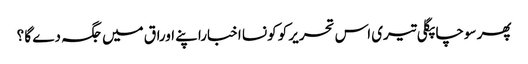
پھر سوچا پگلی تیری اس تحریر کو کونسا اخباراپنے اوراق میں جگہ دے گا ؟